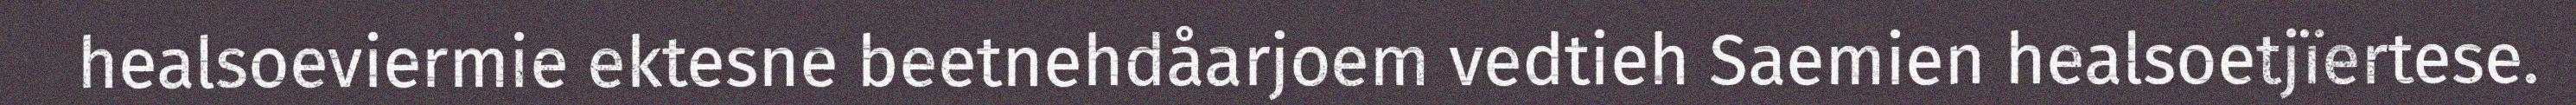
healsoeviermie ektesne beetnehdåarjoem vedtieh Saemien healsoetjïertese.